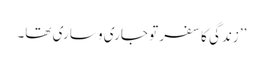
’’زندگی کا سفر تو جاری و ساری تھا۔